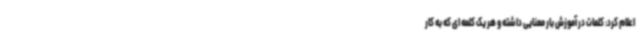
اعلام کرد: کلمات در آموزش بار معنایی داشته و هر یک کلمه ای که به کار